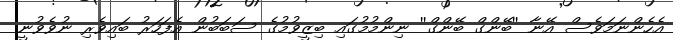
އެހެންނަމަވެސް އޭނާ ''ބޭންގް ބޭންގް'' ނިންމުމުގައި ބިޒީވުމުގެ ސަބަބުން އެފަހަރު ބައިވެރި ނުވެވުނީ